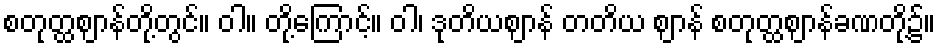
စတုတ္ထဈာန်တို့တွင်။ ဝါ။ တို့ကြောင့်။ ဝါ၊ ဒုတိယဈာန် တတိယ ဈာန် စတုတ္ထဈာန်ခဏတို့၌။